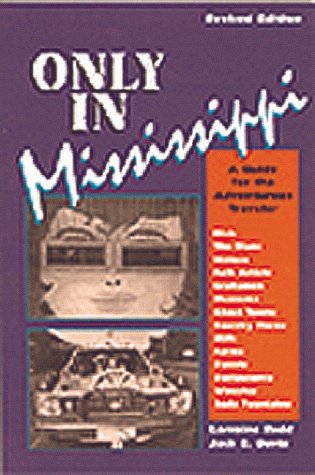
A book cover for Only in Mississippi: A Guide for the Adventurous Traveler; Lorraine Redd-Allen; Travel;